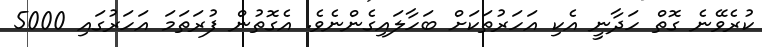
ކުރެވޭނެ ގޮތް ހަދާނީ އެކި އަހަރުތަކަށް ބަހާލައިގެންނެވެ. އެގޮތުން ފުރަތަމަ އަހަރުގައި 5000